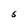
Character: S